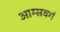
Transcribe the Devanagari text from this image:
आम्सवर्ग